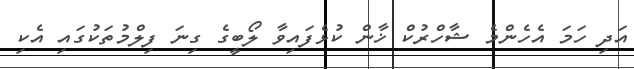
އަދި ހަމަ އެހެންމެ ޝާހްރުކް ޚާން ކުޅެފައިވާ ލޯބީގެ ގިނަ ފިލްމުތަކުގައި އެކި